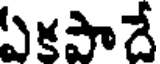
ఏకపాదే